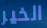
الخير